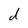
Character: d